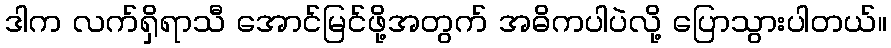
ဒါက လက်ရှိရာသီ အောင်မြင်ဖို့အတွက် အဓိကပါပဲလို့ ပြောသွားပါတယ်။